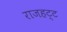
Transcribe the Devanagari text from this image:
राजहट्ट